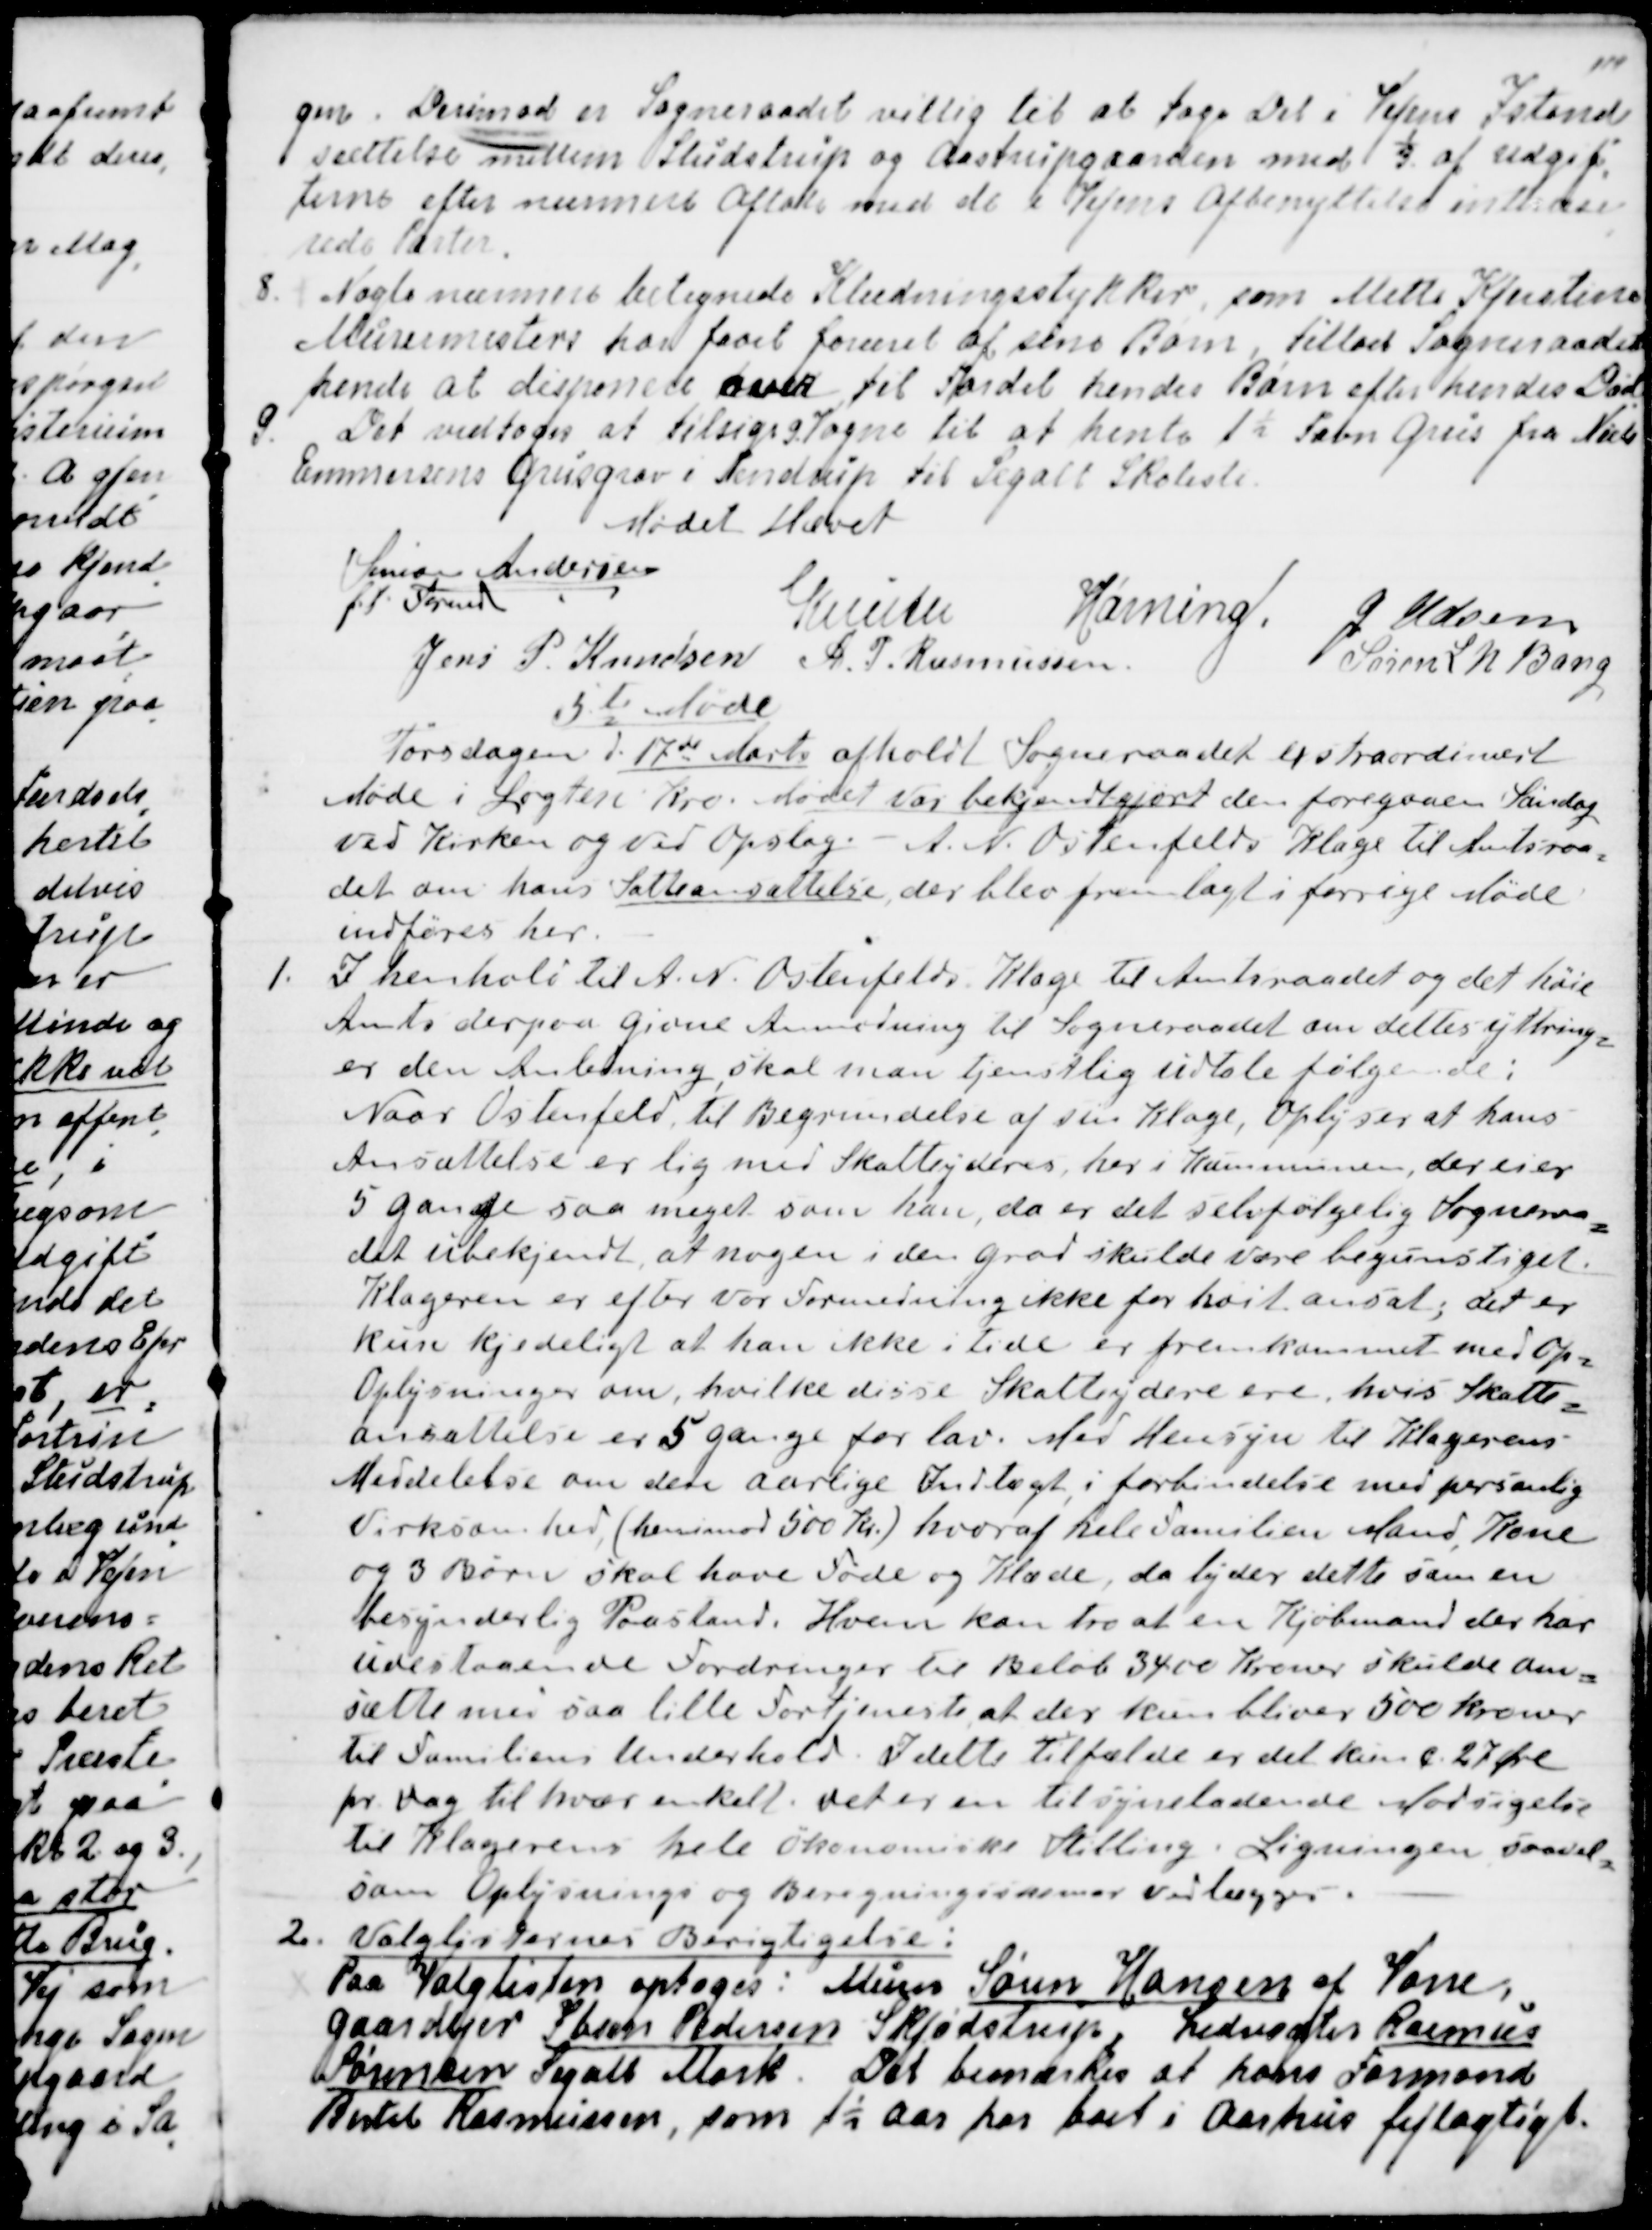
Transskription:
gen. Derimod er Sogneraadet villig til at tage Del i Vejens Istand
=
sættelse mellem Studstrup og Aastrupgaarden med ⅓ af Udgif
=
terne efter nærmere Aftale med de i Vejens Afbenyttelse interesse
=
rede Parter.
8. Nogle nærmere betegnede Klædningsstykker, som Mette Kjerstine
Murermesters har faaet foræret af sine Børn, tillod Sogneraadet
hende at disponere over til Fordel hendes Børn efter hendes Død
.
9.
Det vedtoges at tilsige 9. Vogne til at hente 1½ Favn Grus fra Niels
Emmersens Grusgrav i Tendrup til Segalt Skolesti.
 Mødet Hævet
Simon Andersen
f.t. Formand
Knuth
Hørning.
J Udsen
Jens P. Knudsen
A. P. Rasmussen.
Søren L N Bang

5te Møde
Torsdagen d. 17de Marts afholdt Sogneraadet extraordinært
Møde i Løgten Kro. Mødet var bekjendtgjort den foregaaen Søndag
ved Kirken og ved Opslag. A. N. Ostenfelds Klage til Amtsraa
=
det om hans Skatteansættelse, der blev fremlagt i forrige Møde
indføres her.
1. I henhold til A. N. Ostenfelds Klage til Amtsraadet og det høje
Amts derpaa givne Anmodning til Sogneraadet om dettes yttring
=
er den Anledning, skal man tjenstlig udtale følgende:
Naar Ostenfeld, til Begrundelse af sin Klage, Oplyser at hans
Ansættelse er lig med Skatteyderes, her i Kommunen, der eier
5 Gange saa meget som han, da er det selvfølgelig Sogneraa
=
det ubekjendt, at nogen i den Grad skulde være begunstiget.
Klageren er efter vor Formening ikke for hoit ansat, det er
kun kjedeligt at han ikke i tide er fremkommet med Op=
Oplysninger om, hvilke disse Skatteydere ere, hvis Skatte
=
ansættelse er 5 Gange for lav. Med Hensyn til Klagerens
Meddelelse om den aarlige Indtægt, i forbindelse med personlig
Virksomhed, (henimod 500 Kr.) hvoraf hele Familien Mand, Kone
og 3 Børn skal have Føde og Klæde, da lyder dette som en
besynderlig Paastand. Hvem kan tro at en Kjøbmand der har
udestaaende Fordringer til Beløb 34.00 Kroner skulde om
=
sætte med saa lille Fortjeneste, at der kun bliver 500 Kroner
til Familiens Underhold. I dette Tilfælde er det kun c. 27 Øre
pr dag til hver enkelt. det er en tilsyneladende Modsigelse
til Klagerens hele økonomiske Stilling. Ligningen saavel
=
som Oplysnings og Beregningsskemaer vedlægges.
2. Valglisternes Berigtigelse:
Paa Valglisten optoges:  Murer Søren Hansen af Vorre,
Gardejer Ibsen Pedersen Skjødstrup, Ledvogter Rasmus
Sørensen Segalt Mark.  Det bemærkes at hans Formand
Bertel Rasmussen, som 1½ Aar har boet i Aarhus fejlagtigt.